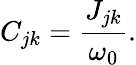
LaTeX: C_{jk}=\frac{J_{jk}}{\omega_{0}}.